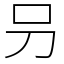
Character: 叧